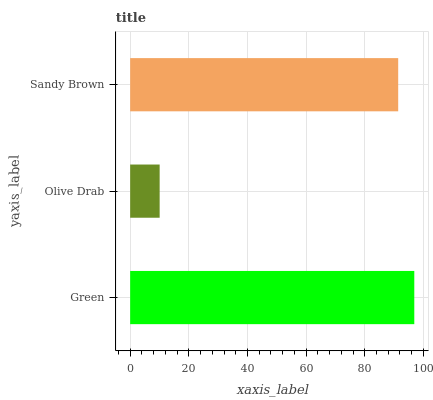
| yaxis_label | bars |
 | --- | --- |
 | Green | 96.9 |
 | Olive Drab | 10.1 |
 | Sandy Brown | 91.4 |